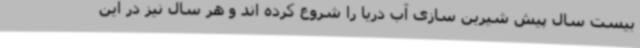
بیست سال پیش شیرین سازی آب دریا را شروع کرده اند و هر سال نیز در این